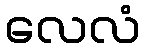
လေလံ